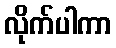
လိုက်ပါကာ